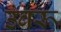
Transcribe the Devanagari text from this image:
उंबरू